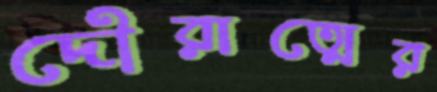
দৌরাত্মের